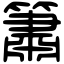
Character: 簫